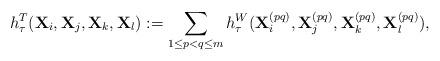
LaTeX: \begin{align*}h^T_\tau({\bf X}_i, {\bf X}_j, {\bf X}_k, {\bf X}_l ) := \sum_{1 \leq p < q \leq m} h_\tau^W ({\bf X}_i ^{(pq)}, {\bf X}_j ^{(pq)}, {\bf X}_k ^{(pq)}, {\bf X}_l ^{(pq)}),\end{align*}